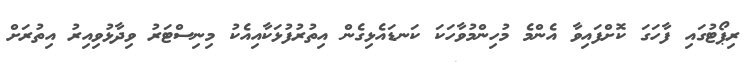
ރިޕޯޓުގައި ފާހަގަ ކޮށްފައިވާ އެންމެ މުހިންމުވާހަކަ ކަނޑައެޅިގެން އިތުރުފުޅަކާއިއެކު މިނިސްޓަރު ވިދާޅުވިއިރު އިތުރަށް